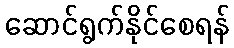
ဆောင်ရွက်နိုင်စေရန်